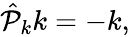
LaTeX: \begin{array}{r}{\hat{\mathcal P}_{k}k=-k,}\end{array}